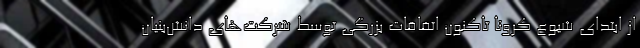
از ابتدای شیوع کرونا تاکنون اتفاقات بزرگی توسط شرکت‌های دانش‌بنیان